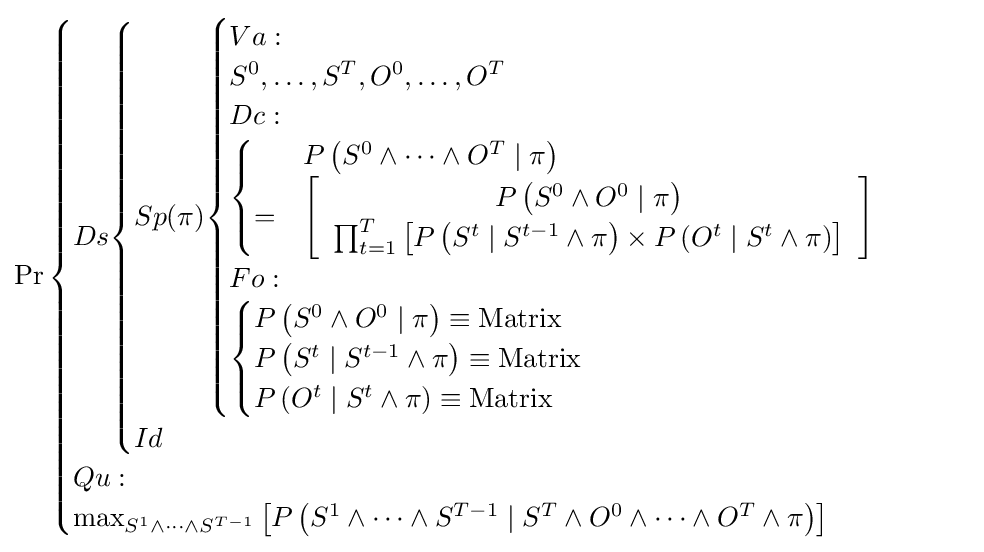
\Pr {\begin{cases}Ds{\begin{cases}Sp(\pi ){\begin{cases}Va:\\S^{0},\ldots ,S^{T},O^{0},\ldots ,O^{T}\\Dc:\\{\begin{cases}&P\left(S^{0}\wedge \cdots \wedge O^{T}\mid \pi \right)\\=&\left[{\begin{array}{c}P\left(S^{0}\wedge O^{0}\mid \pi \right)\\\prod _{t=1}^{T}\left[P\left(S^{t}\mid S^{t-1}\wedge \pi \right)\times P\left(O^{t}\mid S^{t}\wedge \pi \right)\right]\end{array}}\right]\end{cases}}\\Fo:\\{\begin{cases}P\left(S^{0}\wedge O^{0}\mid \pi \right)\equiv {\text{Matrix}}\\P\left(S^{t}\mid S^{t-1}\wedge \pi \right)\equiv {\text{Matrix}}\\P\left(O^{t}\mid S^{t}\wedge \pi \right)\equiv {\text{Matrix}}\end{cases}}\end{cases}}\\Id\end{cases}}\\Qu:\\\max _{S^{1}\wedge \cdots \wedge S^{T-1}}\left[P\left(S^{1}\wedge \cdots \wedge S^{T-1}\mid S^{T}\wedge O^{0}\wedge \cdots \wedge O^{T}\wedge \pi \right)\right]\end{cases}}